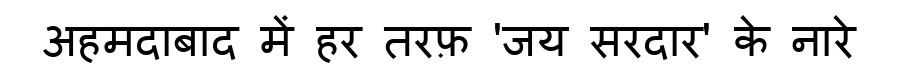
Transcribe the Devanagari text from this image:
अहमदाबाद में हर तरफ़ 'जय सरदार' के नारे